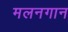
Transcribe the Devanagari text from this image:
मलनगान